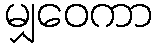
မျှဝေကာ